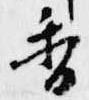
香